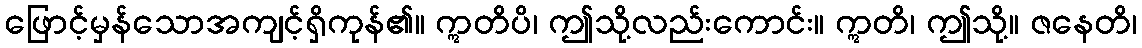
ဖြောင့်မှန်သောအကျင့်ရှိကုန်၏။ ဣတိပိ၊ ဤသို့လည်းကောင်း။ ဣတိ၊ ဤသို့။ ဇနေတိ၊